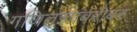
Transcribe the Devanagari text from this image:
गणितज्ञांबरोबर